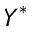
Y ^ { * }